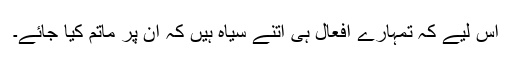
اس لیے کہ تمہارے افعال ہی اتنے سیاہ ہیں کہ ان پر ماتم کیا جائے۔